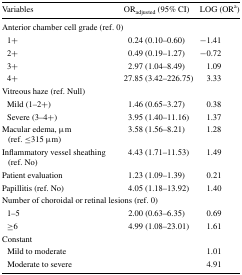
<table><thead><tr><td><b>Variables</b></td><td><b>OR<sub>adjusted</sub> (95% CI)</b></td><td><b>LOG (OR<sup>a</sup>)</b></td></tr></thead><tbody><tr><td colspan="3">Anterior chamber cell grade (ref. 0)</td></tr><tr><td> 1+</td><td>0.24 (0.10–0.60)</td><td>−1.41</td></tr><tr><td> 2+</td><td>0.49 (0.19–1.27)</td><td>−0.72</td></tr><tr><td> 3+</td><td>2.97 (1.04–8.49)</td><td>1.09</td></tr><tr><td> 4+</td><td>27.85 (3.42–226.75)</td><td>3.33</td></tr><tr><td colspan="3">Vitreous haze (ref. Null)</td></tr><tr><td> Mild (1–2+)</td><td>1.46 (0.65–3.27)</td><td>0.38</td></tr><tr><td> Severe (3–4+)</td><td>3.95 (1.40–11.16)</td><td>1.37</td></tr><tr><td>Macular edema, μm (ref. ≤315 μm)</td><td>3.58 (1.56–8.21)</td><td>1.28</td></tr><tr><td>Inflammatory vessel sheathing (ref. No)</td><td>4.43 (1.71–11.53)</td><td>1.49</td></tr><tr><td>Patient evaluation</td><td>1.23 (1.09–1.39)</td><td>0.21</td></tr><tr><td>Papillitis (ref. No)</td><td>4.05 (1.18–13.92)</td><td>1.40</td></tr><tr><td colspan="3">Number of choroidal or retinal lesions (ref. 0)</td></tr><tr><td> 1–5</td><td>2.00 (0.63–6.35)</td><td>0.69</td></tr><tr><td> ≥6</td><td>4.99 (1.08–23.01)</td><td>1.61</td></tr><tr><td colspan="3">Constant</td></tr><tr><td> Mild to moderate</td><td></td><td>1.01</td></tr><tr><td> Moderate to severe</td><td></td><td>4.91</td></tr></tbody></table>